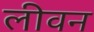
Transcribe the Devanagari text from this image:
लीवन